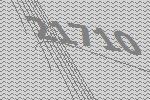
21710